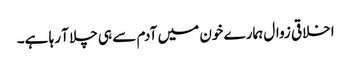
اخلاقی زوال ہمارے خون میں آدم سے ہی چلا آ رہا ہے۔